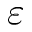
\varepsilon